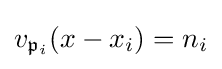
v_{{\mathfrak {p}}_{i}}(x-x_{i})=n_{i}